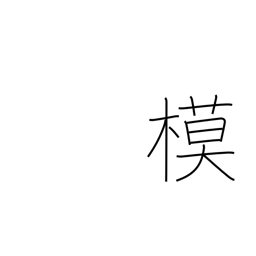
Meaning: mock